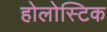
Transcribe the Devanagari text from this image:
होलोस्टिक